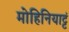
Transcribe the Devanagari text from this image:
मोहिनियाट्टं